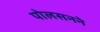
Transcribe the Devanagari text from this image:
पोलसनने